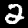
Label: 2